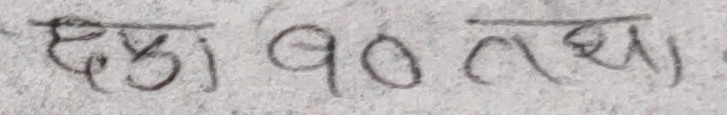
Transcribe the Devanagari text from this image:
हु० १० लाख